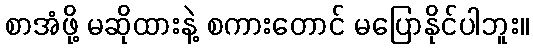
စာအံဖို့ မဆိုထားနဲ့ စကားတောင် မပြောနိုင်ပါဘူး။